Report on vaccination in the Province of Bengal - 1874-1889
Year: 1874
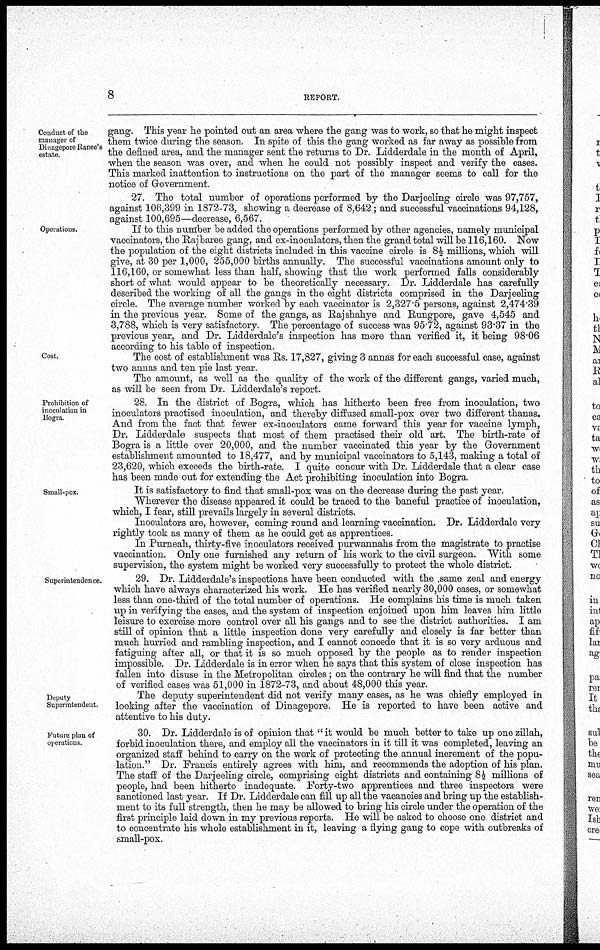
8
REPORT.
Conduct of the
manager of
Dniagepore Ranee's
estate.
gang. This year he pointed out an area where the gang was to work, so that he might inspect
them twice during the season. In spite of this the gang worked as far away as possible from
the defined area, and the manager sent the returns to Dr. Lidderdale in the month of April,
when the season was over, and when he could not possibly inspect and verify the cases.
This marked inattention to instructions on the part of the manager seems to call for the
notice of Government.
27. The total number of operations performed by the Darjeeling circle was 97,757,
against 106,399 in 1872-73, showing a decrease of 8,642; and successful vaccinations 94,128,
against 100,695—decrease, 6,567.
Operations.
If to this number be added the operations performed by other agencies, namely municipal
vaccinators, the Rajbaree gang, and ex-inoculators, then the grand total will be 116,160. Now
the population of the eight districts included in this vaccine circle is 8½ millions, which will
give, at 30 per 1,000, 255,000 births annually. The successful vaccinations amount only to
116,160, or somewhat less than half, showing that the work performed falls considerably
short of what would appear to be theoretically necessary. Dr. Lidderdale has carefully
described the working of all the gangs in the eight districts comprised in the Darjeeling
circle. The average number worked by each vaccinator is 2,327.5 persons, against 2,474.39
in the previous year. Some of the gangs, as Rajshahye and Rungpore, gave 4,545 and
3,788, which is very satisfactory. The percentage of success was 95.72, against 93.37 in the
previous year, and Dr. Lidderdale's inspection has more than verified it, it being 98.06
according to his table of inspection.
Cost.
The cost of establishment was Rs. 17,827, giving 3 annas for each successful case, against
two annas and ten pie last year
The amount, as well as the quality of the work of the different gangs, varied much,
as will be seen from Dr. Lidderdale's report.
Prohibition of
inoculation in
Bogra.
28. In the district of Bogra, which has hitherto been free from inoculation, two
inoculators practised inoculation, and thereby diffused small-pox over two different thanas.
And from the fact that fewer ex-inoculators came forward this year for vaccine lymph,
Dr. Lidderdale suspects that most of them practised their old art. The birth-rate of
Bogra is a little over 20,000, and the number vaccinated this year by the Government
establishment amounted to 18,477, and by municipal vaccinators to 5,143, making a total of
23,620, which exceeds the birth-rate. I quite concur with Dr. Lidderdale that a clear case
has been made out for extending the Act prohibiting inoculation into Bogra.
Small-pox.
It is satisfactory to find that small-pox was on the decrease during the past year.
Wherever the disease appeared it could be traced to the baneful practice of inoculation,
which, I fear, still prevails largely in several districts.
Inoculators are, however, coming round and learning vaccination. Dr. Lidderdale very
rightly took as many of them as he could get as apprentices.
In Purneah, thirty-five inoculators received purwannahs from the magistrate to practise
vaccination. Only one furnished any return of his work to the civil surgeon. With some
supervision, the system might be worked very successfully to protect the whole district.
Supeintendence.
29. Dr. Lidderdale's inspections have been conducted with the same zeal and energy
which have always characterized his work. He has verified nearly 30,000 cases, or somewhat
less than one-third of the total number of operations. He complains his time is much taken
up in verifying the cases, and the system of inspection enjoined upon him leaves him little
leisure to exercise more control over all his gangs and to see the district authorities. I am
still of opinion that a little inspection done very carefully and closely is far better than
much hurried and rambling inspection, and I cannot concede that it is so very arduous and
fatiguing after all, or that it is so much opposed by the people as to render inspection
impossible. Dr. Lidderdale is in error when he says that this system of close inspection has
fallen into disuse in the Metropolitan circles; on the contrary he will find that the number
of verified cases was 51,000 in 1872-73, and about 48,000 this year.
Deputy
Superintendent
The deputy superintendent did not verify many cases, as he was chiefly employed in
looking after the vaccination of Dinagepore. He is reported to have been active and
attentive to his duty.
Future plan of
operations.
30. Dr. Lidderdale is of opinion that " it would be much better to take up one zillah,
forbid inoculation there, and employ all the vaccinators in it till it was completed, leaving an
organized staff behind to carry on the work of protecting the annual increment of the popu-
lation." Dr. Francis entirely agrees with him, and recommends the adoption of his plan.
The staff of the Darjeeling circle, comprising eight districts and containing 8½ millions of
people, had been hitherto inadequate. Forty-two apprentices and three inspectors were
sanctioned last year. If Dr. Lidderdale can fill up all the vacancies and bring up the establish-
ment to its full strength, then he may be allowed to bring his circle under the operation of the
first principle laid down in my previous reports. He will be asked to choose one district and
to concentrate his whole establishment in it, leaving a flying gang to cope with outbreaks of
small-pox.